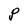
Character: P